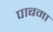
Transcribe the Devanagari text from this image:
पाबमा